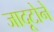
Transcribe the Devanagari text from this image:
जादूटोने